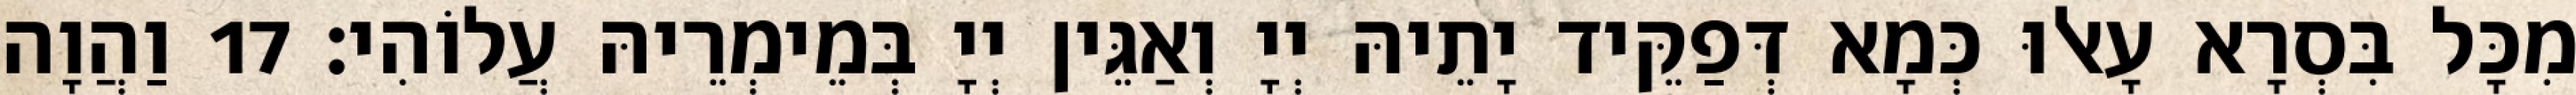
מִכָּל בִּסְרָא עָאלוּ כְּמָא דְּפַקֵּיד יָתֵיהּ יְיָ וְאַגֵּין יְיָ בְּמֵימְרֵיהּ עֲלוֹהִי׃ 17 וַהֲוָה